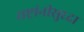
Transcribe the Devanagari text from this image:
राष्ट्रांनीसुध्दा